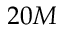
2 0 M